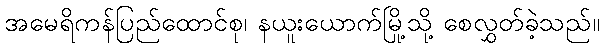
အမေရိကန်ပြည်ထောင်စု၊ နယူးယောက်မြို့သို့ စေလွှတ်ခဲ့သည်။